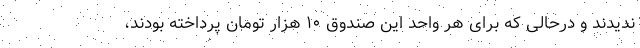
ندیدند و درحالی که برای هر واحد این صندوق ۱۰ هزار تومان پرداخته بودند،